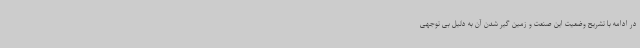
در ادامه با تشریح وضعیت این صنعت و زمین گیر شدن آن به دلیل بی توجهی